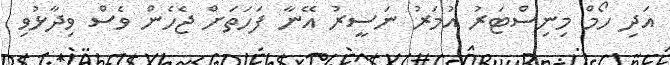
އަދި ހޯމް މިނިސްޓަރު އުމަރު ނަސީރު އޭނާ ފަހަތަށް ޖެހެން ވެސް ވިދާޅުވި